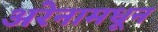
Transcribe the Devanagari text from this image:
अरेनामधून